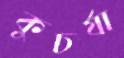
কুচর্যা